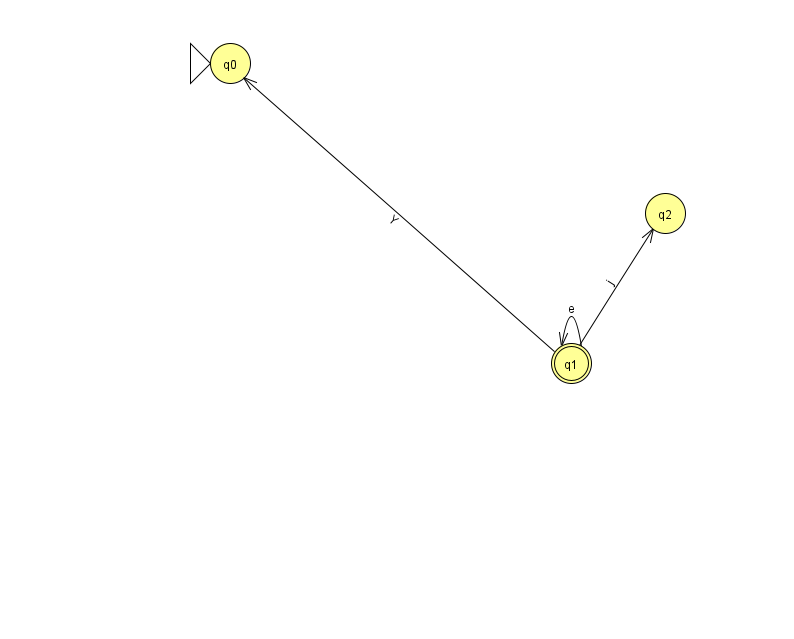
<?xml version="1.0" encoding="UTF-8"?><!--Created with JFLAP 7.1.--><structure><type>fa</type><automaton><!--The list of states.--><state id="0" name="q0"><x>230.0</x><y>50.0</y><initial/></state><state id="1" name="q1"><x>571.0</x><y>350.0</y><final/></state><state id="2" name="q2"><x>665.0</x><y>200.0</y></state><!--The list of transitions.--><transition><from>1</from><to>0</to><read>Y</read></transition><transition><from>1</from><to>1</to><read>e</read></transition><transition><from>1</from><to>2</to><read>j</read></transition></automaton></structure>